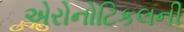
એરોનોટિકલની